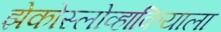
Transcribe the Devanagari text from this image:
झेकोस्लोव्हाकियाला